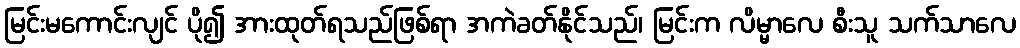
မြင်းမကောင်းလျင် ပို၍ အားထုတ်ရသည်ဖြစ်ရာ အကဲခတ်နိုင်သည်၊ မြင်းက လိမ္မာလေ စီးသူ သက်သာလေ